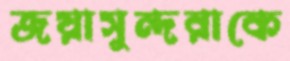
জয়াসুন্দরাকে